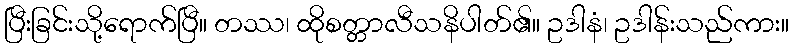
ပြီးခြင်းသို့ရောက်ပြီ။ တဿ၊ ထိုစတ္တာလီသနိပါတ်၏။ ဥဒါနံ၊ ဥဒါန်းသည်ကား။